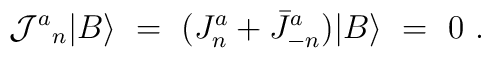
{{\cal J}^a }_n\vert B \rangle \ = \ (J^a_n + \bar J^a_{-n} )\vert B \rangle \ = \ 0 \ .